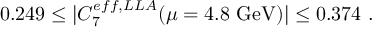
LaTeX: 0 . 2 4 9 \leq \vert C _ { 7 } ^ { e f f , L L A } ( \mu = 4 . 8 ~ \mathrm { G e V } ) \vert \leq 0 . 3 7 4 ~ .